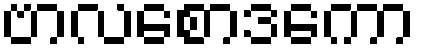
ဗာလစောဒကော